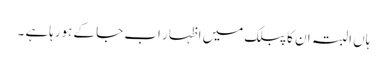
ہاں البتہ ان کا پبلک میں اظہار اب جا کے ہورہاہے ۔